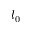
l _ { 0 }